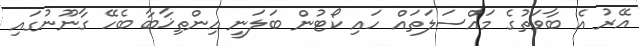
އޭރު އެ ބާވަތުގެ މައްސަލަތައް ހައި ކޯޓުން ބަލަނީ އިންތިޚާބާ ބެހޭ ގާނޫނުގައި